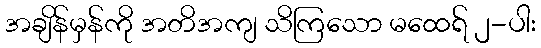
အချိန်မှန်ကို အတိအကျ သိကြသော မထေရ် ၂-ပါး